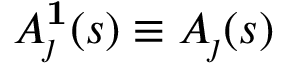
A _ { \j } ^ { \mathbf { 1 } } ( s ) \equiv A _ { \j } ( s )